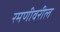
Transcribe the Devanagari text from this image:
रमणीवरील